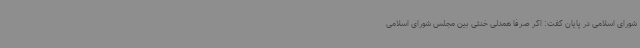
شورای اسلامی در پایان گفت: اگر صرفا همدلی خنثی بین مجلس شورای اسلامی